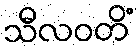
သီလဝတိံ